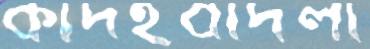
কাদইবাদলা